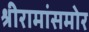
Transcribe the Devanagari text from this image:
श्रीरामांसमोर